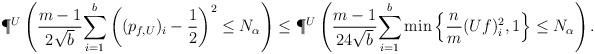
LaTeX: \begin{align*}\P^U \left( \frac{m-1}{2\sqrt{b}} \underset{i=1}{\overset{b}{\sum}} \left( (p_{f,U})_i - \frac{1}{2} \right)^2 \leq N_\alpha \right) &\leq \P^U \left( \frac{m-1}{24\sqrt{b}} \underset{i=1}{\overset{b}{\sum}} \min \left\{ \frac{n}{m} (Uf)_i^2, 1 \right\} \leq N_\alpha \right). \end{align*}